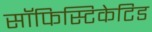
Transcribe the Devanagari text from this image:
सॉफिस्टिकेटिड